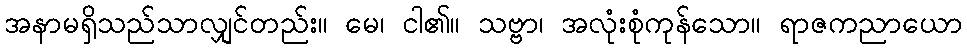
အနာမရှိသည်သာလျှင်တည်း။ မေ၊ ငါ၏။ သဗ္ဗာ၊ အလုံးစုံကုန်သော။ ရာဇကညာယော